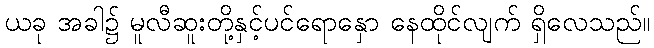
ယခု အခါ၌ မူလီဆူးတို့နှင့်ပင်ရောနှော နေထိုင်လျက် ရှိလေသည်။